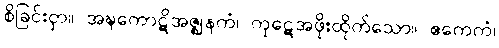
စိခြင်းငှာ။ အဍ္ဎကောဋိအဇ္ဈနကံ၊ ကုဋေအဖိုးထိုက်သော။ ဧကေကံ၊